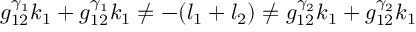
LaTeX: g _ { 1 2 } ^ { \gamma _ { 1 } } k _ { 1 } + g _ { 1 2 } ^ { \gamma _ { 1 } } k _ { 1 } \neq - ( l _ { 1 } + l _ { 2 } ) \neq g _ { 1 2 } ^ { \gamma _ { 2 } } k _ { 1 } + g _ { 1 2 } ^ { \gamma _ { 2 } } k _ { 1 }